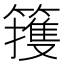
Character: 䉟